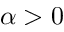
\alpha > 0